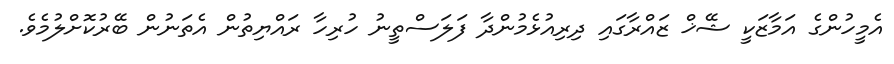
އެމީހުންގެ އަމާޒަކީ ޝޭޚް ޒައްރާގައި ދިރިއުޅެމުންދާ ފަލަސްތީނު ހުރިހާ ރައްޔިތުން އެތަނުން ބޭރުކޮށްލުމެވެ.